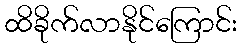
ထိခိုက်လာနိုင်ကြောင်း